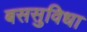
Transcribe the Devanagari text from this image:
बससुविधा